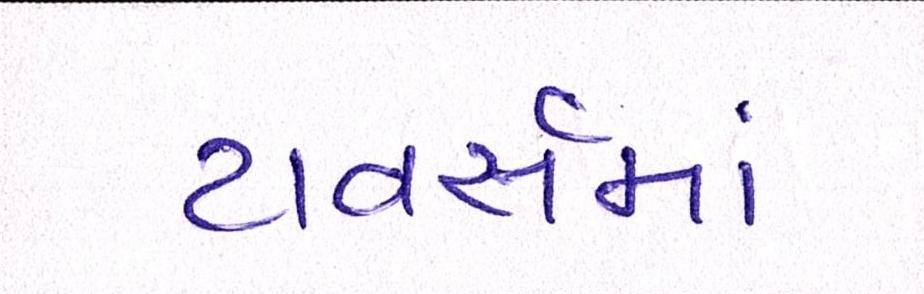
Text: ટાવર્સમાં